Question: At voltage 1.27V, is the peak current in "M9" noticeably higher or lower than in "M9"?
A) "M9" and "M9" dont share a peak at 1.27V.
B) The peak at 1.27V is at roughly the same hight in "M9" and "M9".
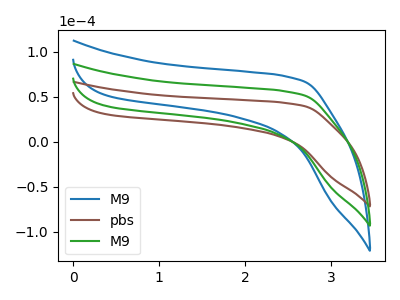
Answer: <think>The blue curve "M9" has no peaks. The brown curve "pbs" has no peaks. The green curve "M9" has no peaks.</think>
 <answer>A) "M9" and "M9" dont share a peak at 1.27V.</answer>
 <eval>A</eval>